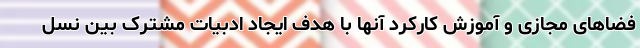
فضاهای مجازی و آموزش کارکرد آنها با هدف ایجاد ادبیات مشترک بین نسل